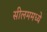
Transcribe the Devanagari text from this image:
सीलममध्ये